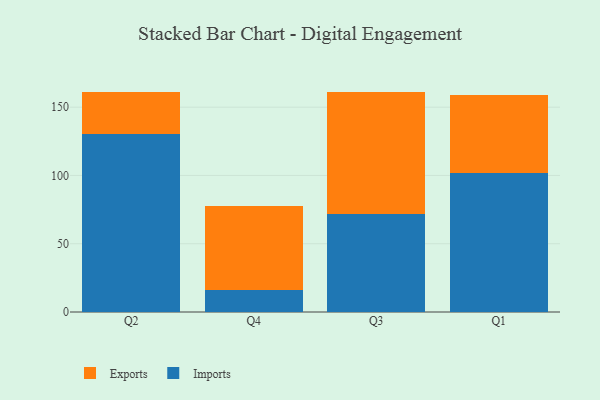
{"axis": {"x": "Quarter", "y": "Latency (ms)"}, "legend": ["Exports", "Imports"], "data": [{"x": "Q2", "y": 130.0, "type": "Imports"}, {"x": "Q2", "y": 31.3, "type": "Exports"}, {"x": "Q4", "y": 15.9, "type": "Imports"}, {"x": "Q4", "y": 61.5, "type": "Exports"}, {"x": "Q3", "y": 71.8, "type": "Imports"}, {"x": "Q3", "y": 89.6, "type": "Exports"}, {"x": "Q1", "y": 102.1, "type": "Imports"}, {"x": "Q1", "y": 56.6, "type": "Exports"}]}